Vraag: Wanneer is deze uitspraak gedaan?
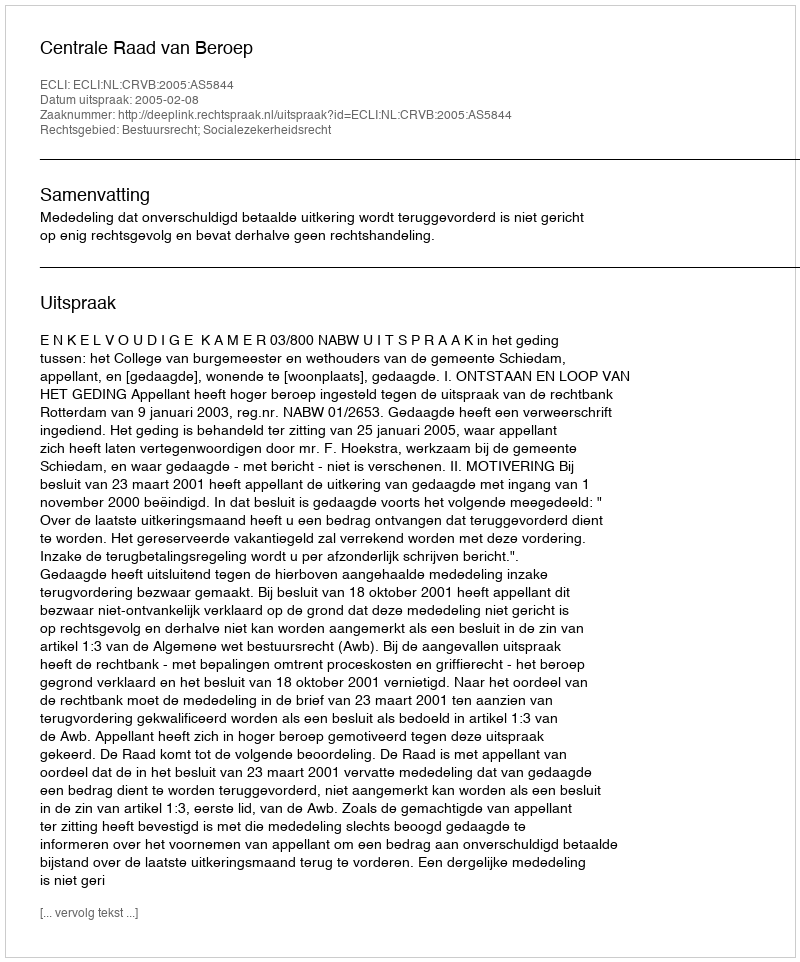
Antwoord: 2005-02-08